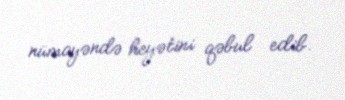
nümayəndə heyətini qəbul edib.